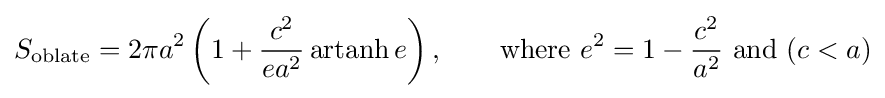
S_{\text{oblate}}=2\pi a^{2}\left(1+{\frac {c^{2}}{ea^{2}}}\operatorname {artanh} e\right),\qquad {\text{where }}e^{2}=1-{\frac {c^{2}}{a^{2}}}{\text{ and }}(c<a)